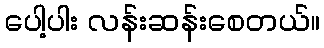
ပေါ့ပါး လန်းဆန်းစေတယ်။